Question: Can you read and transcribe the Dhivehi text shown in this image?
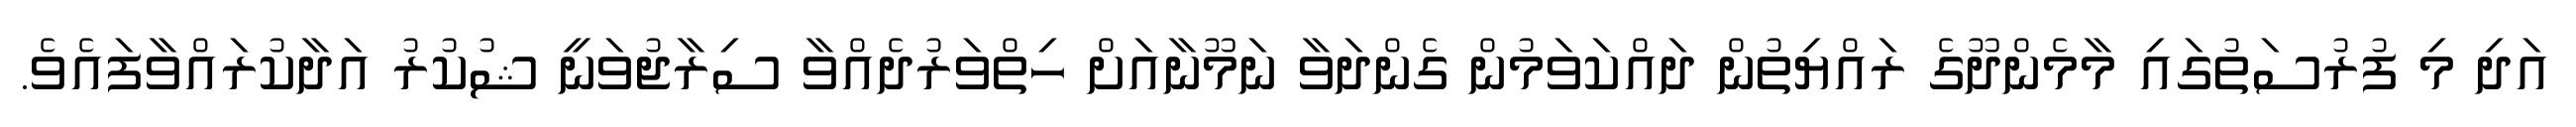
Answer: އަދި މި ފުރުސަތުގައި މާމެންދޫގެ ރައްޔިތުން ދައްކަވަމުން ގެންދަވާ ނަމޫނާއަށް ހިތްވަރުދެއްވާ ސިރާޖުވަނީ ޝުކުރު އަދާކުރައްވާފައެވެ.